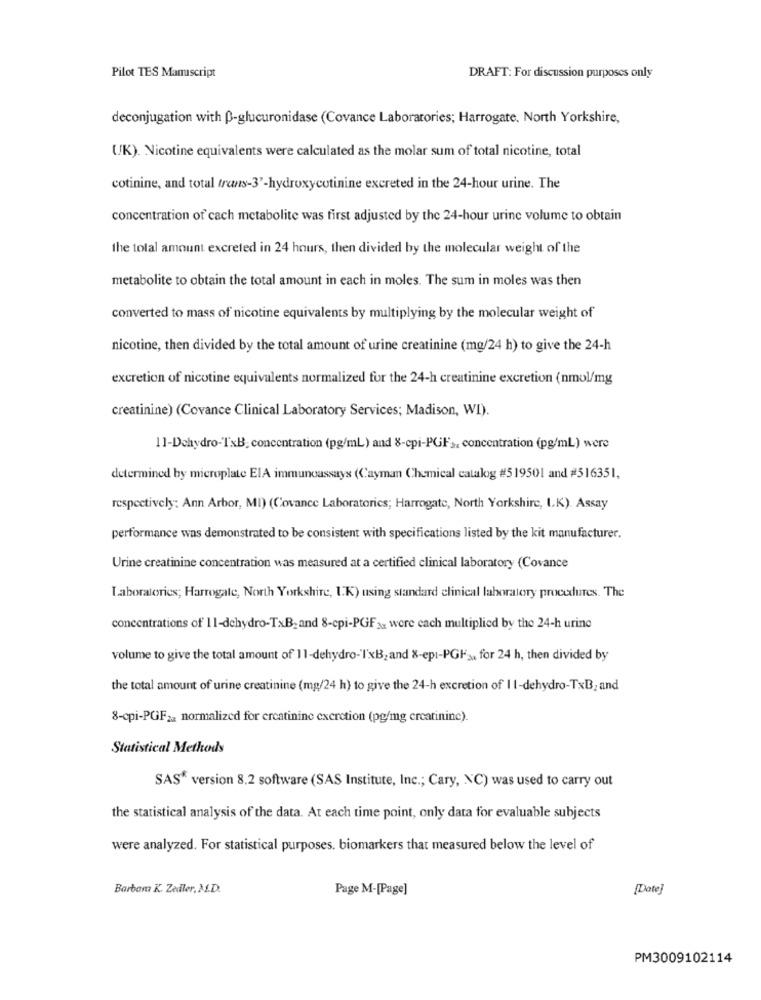
Pilot TES Manuscript
DRAFT: For discussion purposes only
deconjugation with p-glucuronidase (Covance Laboratories; Harrogate. North Yorkshire,
UK). Nicotine equivalents were calculated as the molar sum of total nicotine, total
cotinine, and total trans-3'-hydroxycotinine excreted in the 24-hour urine. The
concentration of cach metabolite was first adjusted by the 24-hour urine volume to obtain
the total amount excreted in 24 hours, then divided by the molecular weight of the
metabolite to obtain the total amount in each in moles. The sum in moles was then
converted to mass of nicotine equivalents by multiplying by the molecular weight of
nicotine, then divided by the total amount of urine creatinine (mg/24 h) to give the 24-h
excretion of nicotine equivalents normalized for the 24-h creatinine excretion (nmol/mg
creatinine) (Covance Clinical Laboratory Services; Madison, WI).
11-Dehydro-TxB. concentration (pg/ml) and 8-cpi-PGF ,. concentration (pg/ml) were
determined by microplate ElA immunoassays (Cayman Chemical catalog #519501 and #516351,
respectively: Ann Arbor, MI) (Covance Laboratories; Harrogate, North Yorkshire, LK). Assay
performance was demonstrated to be consistent with specifications listed by the kit manufacturer.
Urine creatinine concentration was measured at a certified clinical laboratory (Covance
Laboratories; Harrogate, North Yorkshire, UK) using standard clinical laboratory procedures. The
concentrations of 11-dehydro-TxB, and 8-epi-PGF xx were cach multiplied by the 24-h urine
volume to give the total amount of 11-dehydro-TxB, and 8-epi-PGFax for 24 h, then divided by
the total amount of urine creatinine (mg/24 h) to give the 24-h excretion of Il-dehydro-TxB, and
8-cpi-PGF22 normalized for ercatinine excretion (pg/mg creatinine).
Statistical Methods
SAS" version 8.2 software (SAS Institute, Inc .; Cary, NC) was used to carry out
the statistical analysis of the data. At each time point, only data for evaluable subjects
were analyzed. For statistical purposes. biomarkers that measured below the level of
Barbam K. Zaddler, M.D.
Page M-[Page]
[Date]
PM3009102114